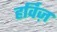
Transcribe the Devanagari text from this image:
हर्विज़